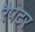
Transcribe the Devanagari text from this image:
रैपटर